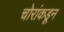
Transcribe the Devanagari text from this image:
चोरांकडून